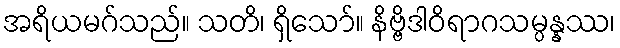
အရိယမဂ်သည်။ သတိ၊ ရှိသော်။ နိဗ္ဗိဒါဝိရာဂသမ္ပန္နဿ၊